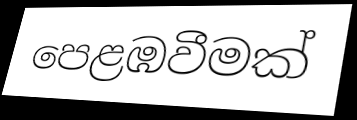
පෙළඹවීමක්